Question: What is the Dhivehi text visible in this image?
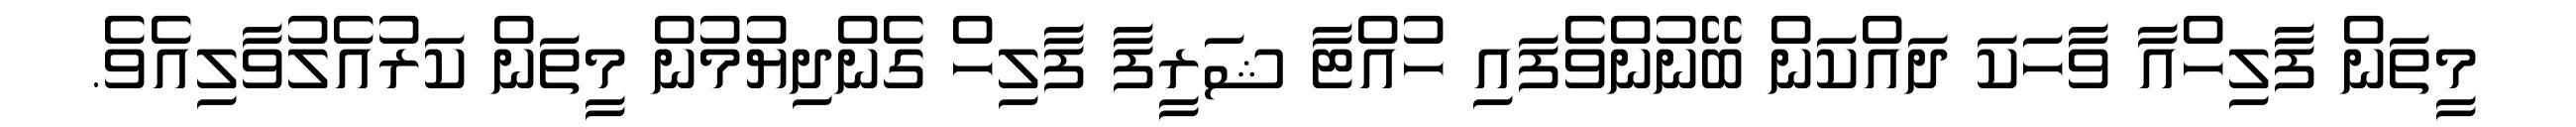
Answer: މީތަން ފާލިހްއާ ވާހަކަ ދައްކަން ބޭނުންވެފައި ހުއްޓާ ޝަރީފާ ފާލިހް ގެންދިޔުމުން މީތަން ކަރުއެލުވާލިއެވެ.